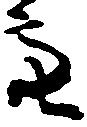
亮